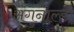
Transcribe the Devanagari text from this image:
अगुनाल्डो